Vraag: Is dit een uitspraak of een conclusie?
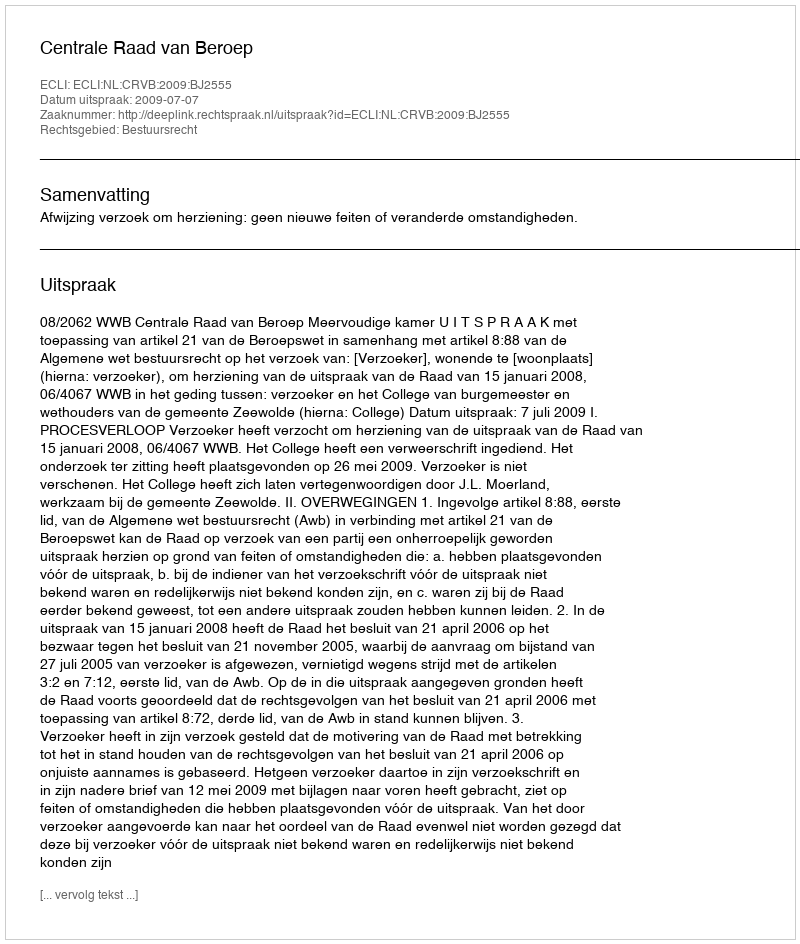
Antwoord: Uitspraak